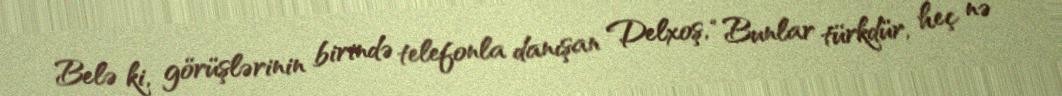
Belə ki, görüşlərinin birində telefonla danışan Delxoş, “Bunlar türkdür, heç nə